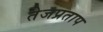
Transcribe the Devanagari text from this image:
तेजप्रताप